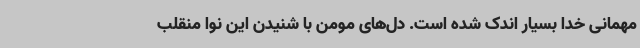
مهمانی خدا بسیار اندک شده است. دل‌های مومن با شنیدن این نوا منقلب